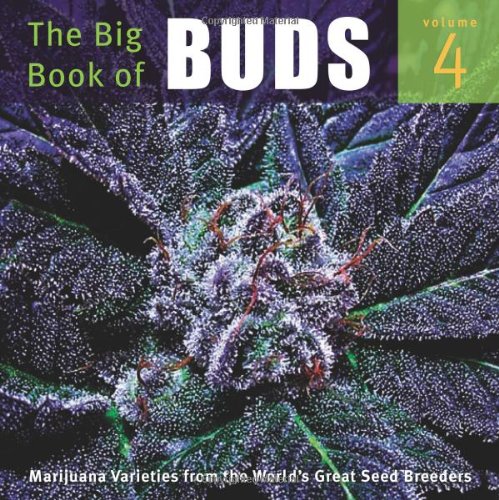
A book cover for The Big Book of Buds Volume 4: More Marijuana Varieties from the World's Great Seed Breeders; Crafts, Hobbies & Home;